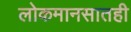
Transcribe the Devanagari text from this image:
लोकमानसातही